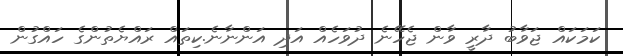
ކަމަކައް ޖަވާބު ދާރީ ވާން ޖެހޭނެ ދުވަހެއް އަދި އަންނާނެ.ކިތައް ރައްޔެތުންގެ ހައްގުން